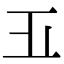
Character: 𣥄